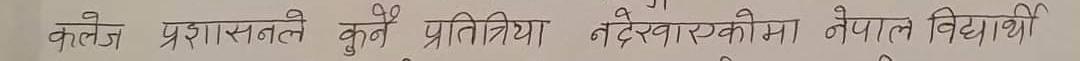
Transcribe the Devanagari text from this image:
कलेज प्रशासनले कुनै प्रतिक्रिया नदेखाएकोमा नेपाल विद्यार्थी